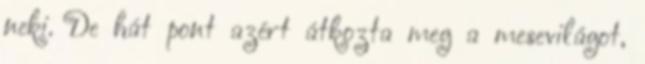
neki. De hát pont azért átkozta meg a mesevilágot,